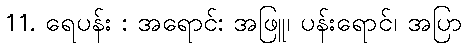
11. ရေပန်း : အရောင်: အဖြူ၊ ပန်းရောင်၊ အပြာ